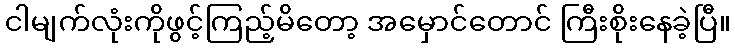
ငါမျက်လုံးကိုဖွင့်ကြည့်မိတော့ အမှောင်တောင် ကြီးစိုးနေခဲ့ပြီ။